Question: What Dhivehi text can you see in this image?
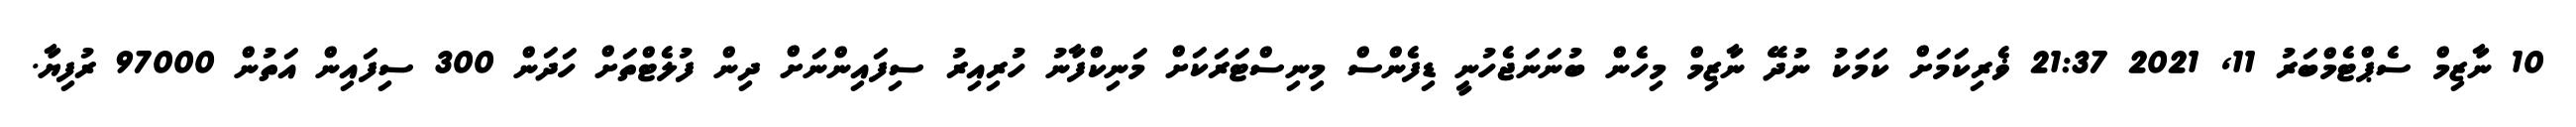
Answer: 10 ނާޒިމް ސެޕްޓެމްބަރު 11, 2021 21:37 ޥެރިކަމަށް ކަމަކު ނުދޭ ނާޒިމް މިހެން ބުނަނަޖެހުނީ ޑިފެންސް މިނިސްޓަރަކަށް މަނިކްފާނު ހުރިއިރު ސިފައިންނަށް ދިން ފުލެޓްތަށް ހަދަން 300 ސިފައިން އަތުން 97000 ރުފިޔާ.